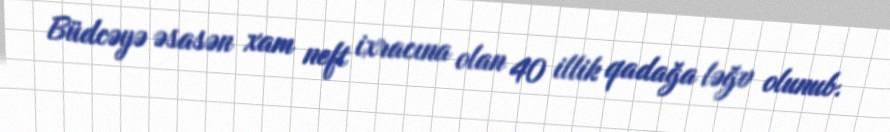
Büdcəyə əsasən xam neft ixracına olan 40 illik qadağa ləğv olunub.